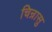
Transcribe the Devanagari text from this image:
चिन्रासु